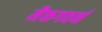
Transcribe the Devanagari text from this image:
मैकगवर्न